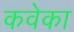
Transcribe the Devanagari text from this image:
कवेका